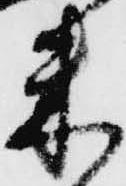
米